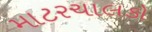
માટરચાલકો